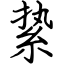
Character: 絷